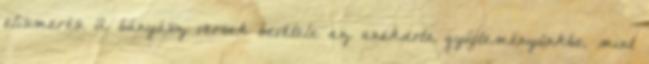
elismerés. A bányász versek bevétele az anekdota gyűjteményünkbe, mint